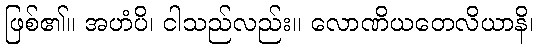
ဖြစ်၏။ အဟံပိ၊ ငါသည်လည်း။ လောဏိယတေလိယာနိ၊